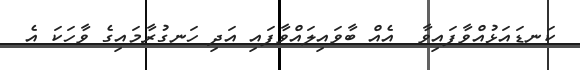
ކަނޑައަޅުއްވާފައިވާ  އެއް ބާވައިލައްވާފައި އަދި ހަނގުރާމައިގެ ވާހަކަ އެ